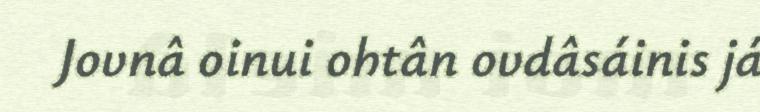
Jovnâ oinui ohtân ovdâsáinis já